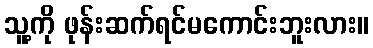
သူ့ကို ဖုန်းဆက်ရင်မကောင်းဘူးလား။